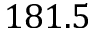
1 8 1 . 5